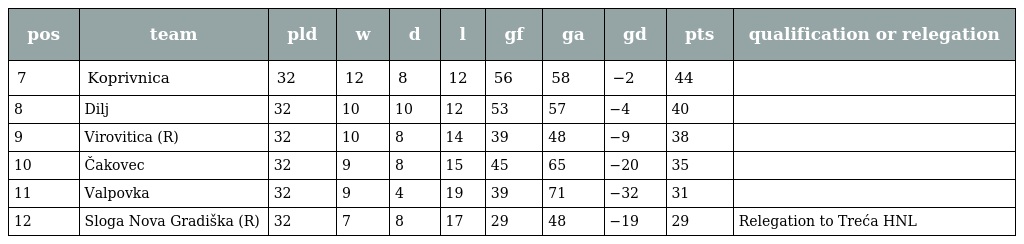
| pos | team | pld | w | d | l | gf | ga | gd | pts | qualification or relegation |
 | --- | --- | --- | --- | --- | --- | --- | --- | --- | --- | --- |
 | 7 | Koprivnica | 32 | 12 | 8 | 12 | 56 | 58 | −2 | 44 |  |
 | 8 | Dilj | 32 | 10 | 10 | 12 | 53 | 57 | −4 | 40 |  |
 | 9 | Virovitica (R) | 32 | 10 | 8 | 14 | 39 | 48 | −9 | 38 |  |
 | 10 | Čakovec | 32 | 9 | 8 | 15 | 45 | 65 | −20 | 35 |  |
 | 11 | Valpovka | 32 | 9 | 4 | 19 | 39 | 71 | −32 | 31 |  |
 | 12 | Sloga Nova Gradiška (R) | 32 | 7 | 8 | 17 | 29 | 48 | −19 | 29 | Relegation to Treća HNL |